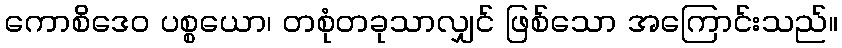
ကောစိဒေဝ ပစ္စယော၊ တစုံတခုသာလျှင် ဖြစ်သော အကြောင်းသည်။